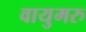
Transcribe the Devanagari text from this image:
वायुमरु